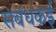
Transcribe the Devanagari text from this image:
संबंधकई